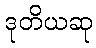
ဒုတိယဆု